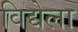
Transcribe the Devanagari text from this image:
विद्येला